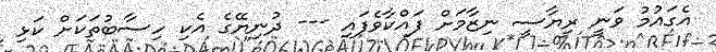
އެގައުމު ވަނީ ރިޔާސީ ނިޒާމަށް ފައްކާވެފައި --- ދުނިޔޭގެ އެކި ހިސާބުތަކަށް ކަޅި